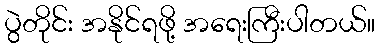
ပွဲတိုင်း အနိုင်ရဖို့ အရေးကြီးပါတယ်။